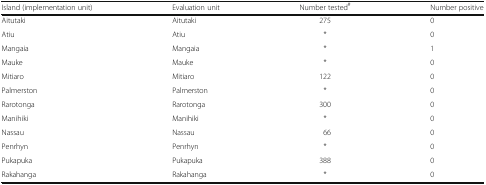
| Island (implementation unit) | Evaluation unit | Number tested# | Number positive |
 | --- | --- | --- | --- |
 | Aitutaki | Aitutaki | 275 | 0 |
 | Atiu | Atiu | * | 0 |
 | Mangaia | Mangaia | * | 1 |
 | Mauke | Mauke | * | 0 |
 | Mitiaro | Mitiaro | 122 | 0 |
 | Palmerston | Palmerston | * | 0 |
 | Rarotonga | Rarotonga | 300 | 0 |
 | Manihiki | Manihiki | * | 0 |
 | Nassau | Nassau | 66 | 0 |
 | Penrhyn | Penrhyn | * | 0 |
 | Pukapuka | Pukapuka | 388 | 0 |
 | Rakahanga | Rakahanga | * | 0 |